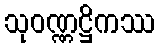
သုဝဏ္ဏဋ္ဌိကဿ